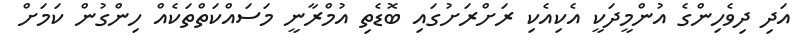
އަދި ދިވެހިންގެ އުންމީދަކީ އެކިއެކި ރަށްރަށުގައި ބޮޑެތި އުމްރާނީ މަސައްކަތްތަކެއް ހިންގުން ކަމަށް